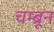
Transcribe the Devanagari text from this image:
चम्ब्रून